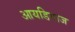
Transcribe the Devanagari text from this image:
आयडियाज